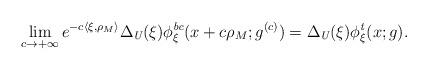
LaTeX: \begin{align*}\lim_{c\to +\infty} e^{-c\langle \xi ,\rho_M\rangle} \Delta_\emph{U}(\xi) \phi_\xi^{\emph{bc}}(x+c\rho_M; g^{(c)})= \Delta_\emph{U}(\xi) \phi^{\emph{t}}_\xi (x;g) .\end{align*}